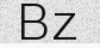
Bz